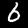
Label: 6